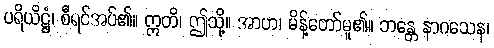
ပရိယိဋ္ဌံ၊ စီရင်အပ်၏။ ဣတိ၊ ဤသို့။ အာဟ၊ မိန့်တော်မူ၏။ ဘန္တေ နာဂသေန၊